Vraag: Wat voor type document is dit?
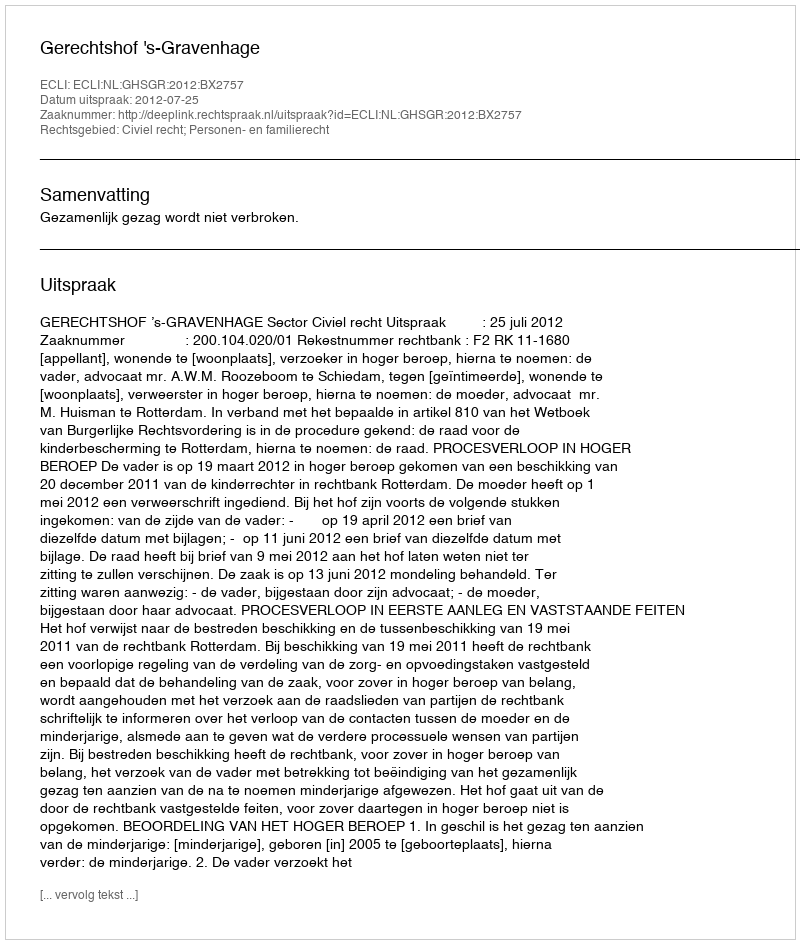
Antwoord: Uitspraak